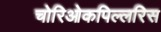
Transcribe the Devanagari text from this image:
चोरिओकपिल्लरिस